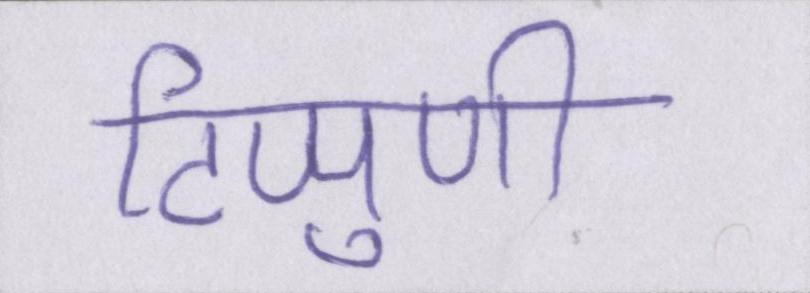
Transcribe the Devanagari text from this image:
टिप्पुणी